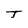
Character: T